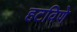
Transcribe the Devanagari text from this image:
हटविणे